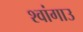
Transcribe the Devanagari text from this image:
श्वांगाउ